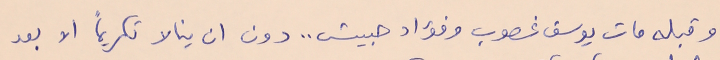
وقبله مات يوسف غصوب وفؤاد حبيش .. دون ان ينالا تكريماً الا بعد